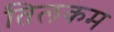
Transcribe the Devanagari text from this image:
तिलकम